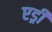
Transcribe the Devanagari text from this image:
एड्री